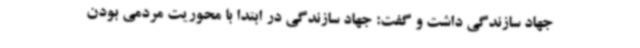
جهاد سازندگی داشت و گفت: جهاد سازندگی در ابتدا با محوریت مردمی بودن